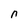
Character: n